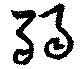
弱